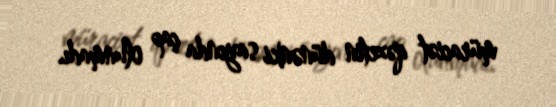
müraciət qəzetin dünənki sayında çap olunmadı.